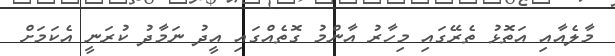
މާލެއާއި އަތޮޅު ތެރޭގައި މިހާރު އާންމު ގޮތެއްގައި އީދު ނަމާދު ކުރަނީ އެކަމަށް